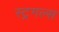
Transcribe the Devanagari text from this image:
स्ट्रगल्स